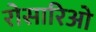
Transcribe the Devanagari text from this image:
रोसारिओ